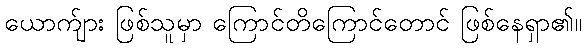
ယောက်ျား ဖြစ်သူမှာ ကြောင်တိကြောင်တောင် ဖြစ်နေရှာ၏။